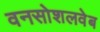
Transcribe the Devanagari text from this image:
वनसोशलवेब